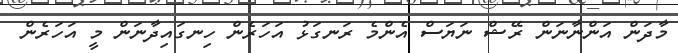
މާދަން އަންނާނަން ރޭޝް ނަޔަސް އެންމެ ރަނގަޅު އަހަރެން ހިނގައިދާނަން މީ އަހަރެން